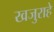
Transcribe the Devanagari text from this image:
खजुराहे